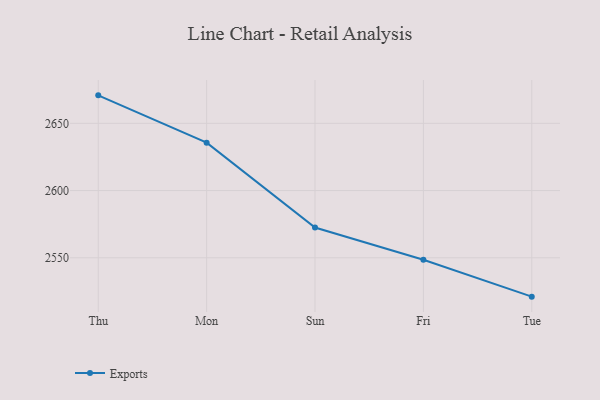
{"axis": {"x": "Day", "y": "Energy Usage (MWh)"}, "legend": ["Exports"], "data": [{"x": "Thu", "y": 2670.8, "type": "Exports"}, {"x": "Mon", "y": 2635.6, "type": "Exports"}, {"x": "Sun", "y": 2572.5, "type": "Exports"}, {"x": "Fri", "y": 2548.5, "type": "Exports"}, {"x": "Tue", "y": 2521.1, "type": "Exports"}]}